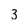
Character: 3